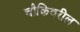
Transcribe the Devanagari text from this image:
चौकिवरील